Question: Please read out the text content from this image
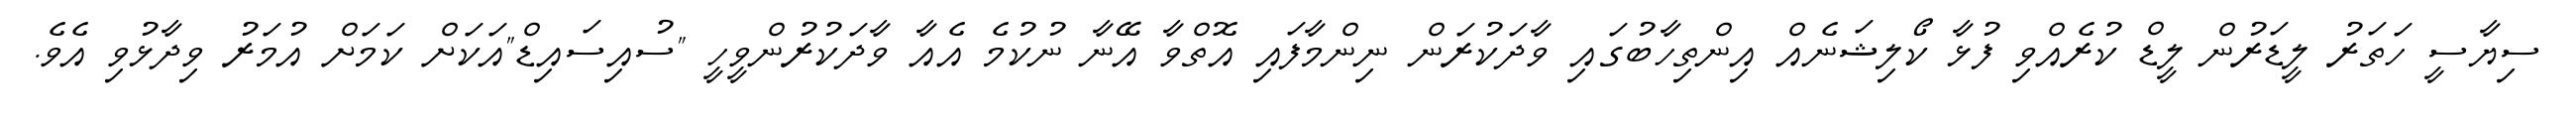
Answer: ސިޔާސީ ހަތަރު ލީޑަރުން ލީޑް ކުރެއްވި ފުޅާ ކޯލިޝަނެއް އިންތިހާބުގައި ވާދަކުރަން ނިންމާފައި އޮތްވާ އޭނާ ނުކުމެ އެއާ ވާދަކުރުންވީހީ "ސުއިސައިޑް"އަކަށް ކަމަށް އުމަރު ވިދާޅުވި އެވެ.